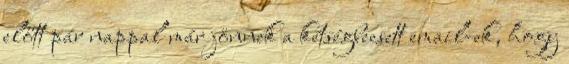
előtt pár nappal már jönnek a kétségbeesett email-ek, hogy